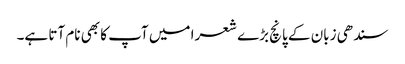
سندھی زبان کے پانچ بڑے شعرا میں آپ کا بھی نام آتا ہے۔